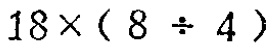
$18\times(8\div4)$